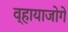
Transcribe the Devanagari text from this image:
व्हायाजोगे